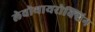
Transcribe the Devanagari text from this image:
लेवोथायरोक्सिन